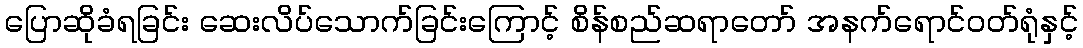
ပြောဆိုခံရခြင်း ဆေးလိပ်သောက်ခြင်းကြောင့် စိန်စည်ဆရာတော် အနက်ရောင်ဝတ်ရုံနှင့်